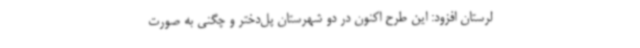
لرستان افزود: این طرح اکنون در دو شهرستان پل‌دختر و چگنی به صورت